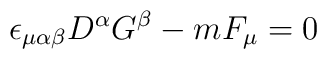
\epsilon_{\mu\alpha\beta} D^\alpha G^\beta - m F_\mu = 0